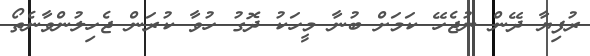
ރުފިޔާ ދޭން ނުޖެހޭ ކަމަށް ބުނާ މީހަކު ދޮގު ހުވާާ ކުރަން ޖެހިލުންވާނެތޯ